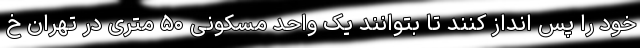
خود را پس انداز کنند تا بتوانند یک واحد مسکونی ۵۰ متری در تهران خ